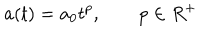
LaTeX: a ( t ) = a _ { 0 } t ^ { p } , \qquad p \in R ^ { + }